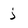
Character: j